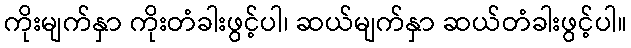
ကိုးမျက်နှာ ကိုးတံခါးဖွင့်ပါ၊ ဆယ်မျက်နှာ ဆယ်တံခါးဖွင့်ပါ။